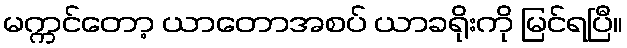
မက္ကင်တော့ ယာတောအစပ် ယာခရိုးကို မြင်ရပြီ။